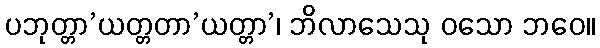
ပဘုတ္တာ’ယတ္တတာ’ယတ္တာ’၊ ဘိလာသေသု ဝသော ဘဝေ။